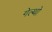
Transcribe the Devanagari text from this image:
गेल्थो